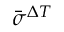
\bar { \sigma } ^ { \Delta T }